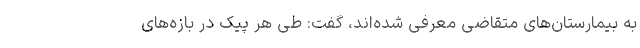
به بیمارستان‌های متقاضی معرفی شده‌اند، گفت: طی هر پیک در بازه‌های